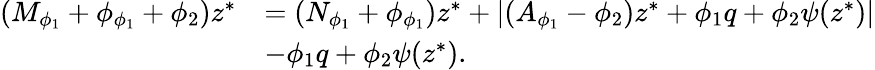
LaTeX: \begin{array}{rl}{(M_{\phi_{1}}+\phi_{\phi_{1}}+\phi_{2})z^{*}}&{=(N_{\phi_{1}}+\phi_{\phi_{1}})z^{*}+\lvert(A_{\phi_{1}}-\phi_{2})z^{*}+\phi_{1}q+\phi_{2}\psi(z^{*})\rvert}\\ &{-\phi_{1}q+\phi_{2}\psi(z^{*}).}\end{array}